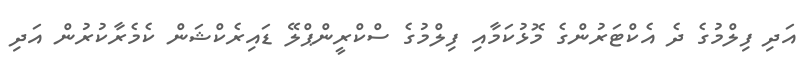
އަދި ފިލްމުގެ ދެ އެކްޓަރުންގެ މޮޅުކަމާއި ފިލްމުގެ ސްކްރީންޕްލޭ ޑައިރެކްޝަން ކެމެރާކުރުން އަދި